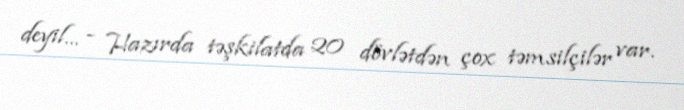
deyil... - Hazırda təşkilatda 20 dövlətdən çox təmsilçilər var.